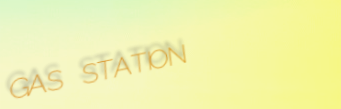
GAS STATION